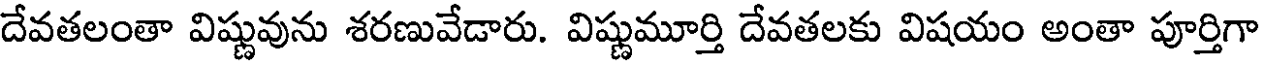
దేవతలంతా విష్ణువును శరణువేడారు. విష్ణుమూర్తి దేవతలకు విషయం అంతా పూర్తిగా